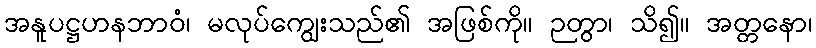
အနူပဋ္ဌဟနဘာဝံ၊ မလုပ်ကျွေးသည်၏ အဖြစ်ကို။ ဉတွာ၊ သိ၍။ အတ္တနော၊